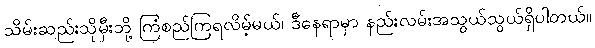
သိမ်းဆည်းသိုမှီးဘို့ ကြံစည်ကြရလိမ့်မယ်၊ ဒီနေရာမှာ နည်းလမ်းအသွယ်သွယ်ရှိပါတယ်။